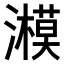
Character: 𤂨